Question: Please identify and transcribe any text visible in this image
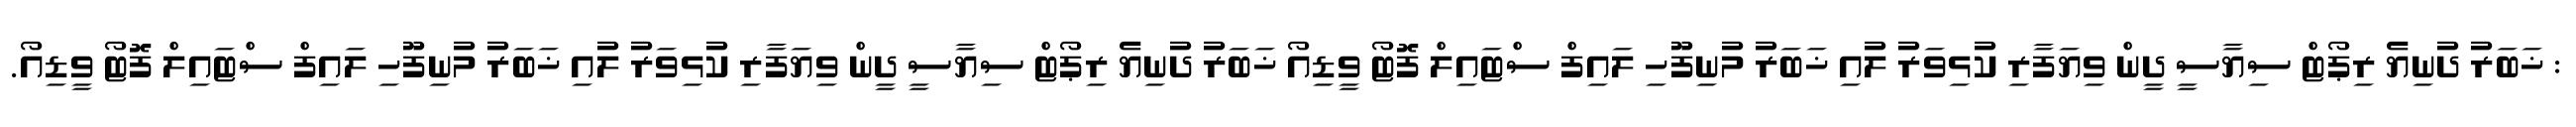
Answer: : ޚަބަރު ދުނިޔެ ރިޕޯޓް ސިޔާސީ ދީން ވިޔަފާރި ކުޅިވަރު ލުއި ޚަބަރު މުނިފޫހި ލައިފް ސްޓައިލް ފޮޓޯ ވީޑިއޯ ޚަބަރު ދުނިޔެ ރިޕޯޓް ސިޔާސީ ދީން ވިޔަފާރި ކުޅިވަރު ލުއި ޚަބަރު މުނިފޫހި ލައިފް ސްޓައިލް ފޮޓޯ ވީޑިއޯ.